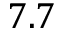
7 . 7